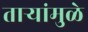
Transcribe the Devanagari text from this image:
तार्‍यांमुळे